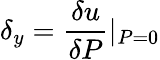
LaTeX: \delta_{y}=\frac{\delta{u}}{\delta{P}}\textbar{_{P=0}}